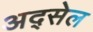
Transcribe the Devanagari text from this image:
अद्सेल